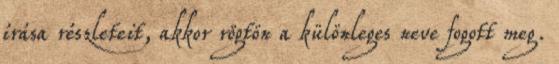
írása részleteit, akkor rögtön a különleges neve fogott meg.